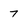
Character: 7